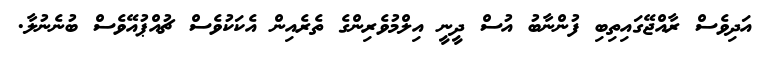
އަދިވެސް ރާއްޖޭގައިތިބި ފުންނާބު އުސް ދީނީ އިލްމުވެރިންގެ ތެރެއިން އެކަކުވެސް ޗުއްޕުއޭވެސް ބުނެނުލާ.